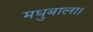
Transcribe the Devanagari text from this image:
मधुबाला।